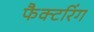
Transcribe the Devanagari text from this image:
फैक्टरिंग